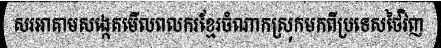
សរអាតាមសង្កេតមើលពលករខ្មែរចំណាកស្រុកមកពីប្រទេសថៃវិញ